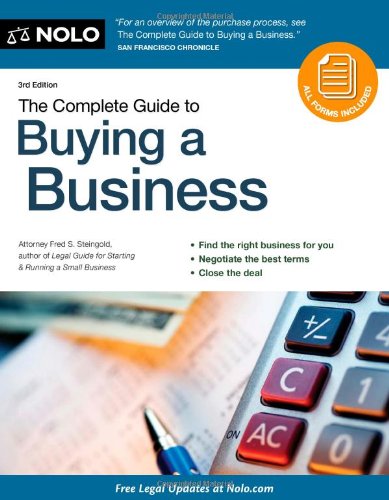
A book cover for The Complete Guide to Buying a Business; Fred Steingold J.D.; Law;